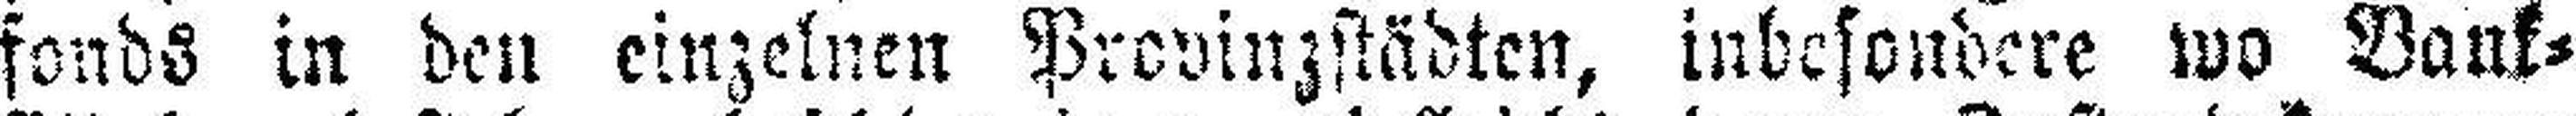
fonds in den einzelnen Provinzstädten, inbesondere wo Bank¬